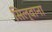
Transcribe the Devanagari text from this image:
सिल्वाना